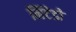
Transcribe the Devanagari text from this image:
निंटेडो